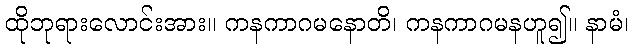
ထိုဘုရားလောင်းအား။ ကနကာဂမနောတိ၊ ကနကာဂမနဟူ၍။ နာမံ၊